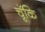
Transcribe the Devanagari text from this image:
चॅूकि